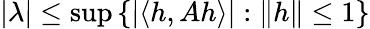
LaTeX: |\lambda|\leq\operatorname*{sup}\left\{ |\langle h,Ah\rangle|:\| h\| \leq 1\right\}